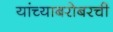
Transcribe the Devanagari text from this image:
यांच्याबरोबरची